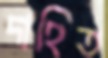
দাহিত